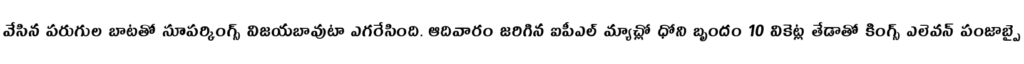
వేసిన పరుగుల బాటతో సూపర్కింగ్స్ విజయబావుటా ఎగరేసింది. ఆదివారం జరిగిన ఐపీఎల్ మ్యాచ్లో ధోని బృందం 10 వికెట్ల తేడాతో కింగ్స్ ఎలెవన్ పంజాబ్పై